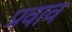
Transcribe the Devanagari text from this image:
प्रवाव